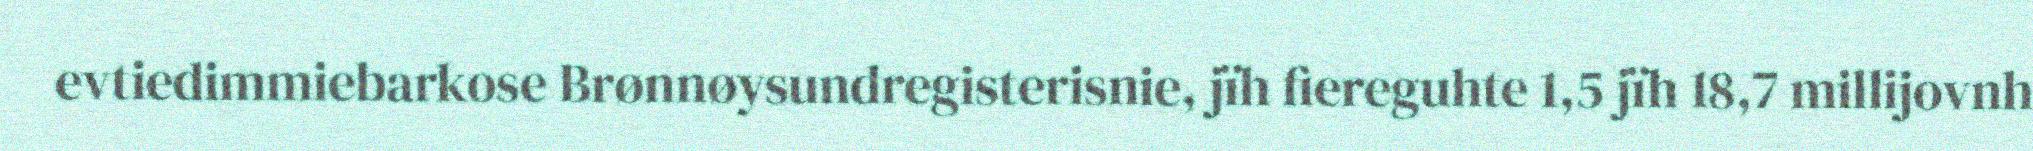
evtiedimmiebarkose Brønnøysundregisterisnie, jïh fiereguhte 1,5 jïh 18,7 millijovnh